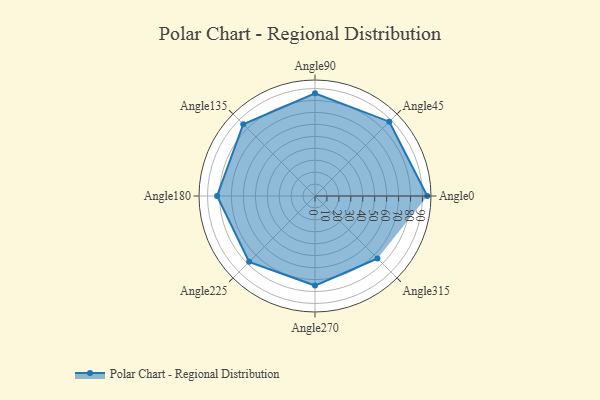
{"axis": {"x": "Angle", "y": "Radius"}, "legend": [""], "data": [{"x": "Angle0", "y": 94.0, "type": ""}, {"x": "Angle45", "y": 88.0, "type": ""}, {"x": "Angle90", "y": 86.0, "type": ""}, {"x": "Angle135", "y": 85.0, "type": ""}, {"x": "Angle180", "y": 82.0, "type": ""}, {"x": "Angle225", "y": 78.0, "type": ""}, {"x": "Angle270", "y": 75.0, "type": ""}, {"x": "Angle315", "y": 74.0, "type": ""}]}